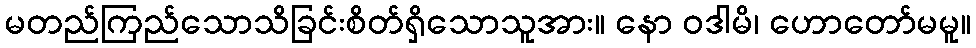
မတည်ကြည်သောသိခြင်းစိတ်ရှိသောသူအား။ နော ဝဒါမိ၊ ဟောတော်မမူ။